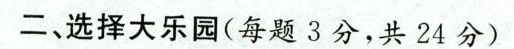
二、选择大乐园(每题3分，共24分)